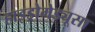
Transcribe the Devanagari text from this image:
हाइड्रोमेड्यूसा